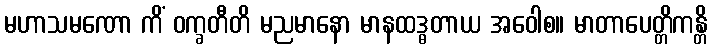
မဟာသမဏော ကိံ ဝက္ခတီတိ မညမာနော မာနထဒ္ဓတာယ အဝေါစ။ မာတာပေတ္တိကန္တိ